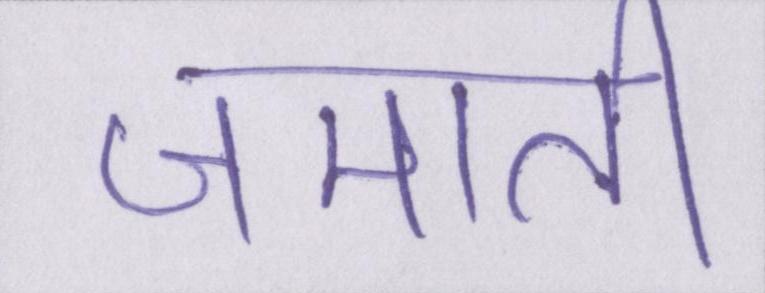
जमाती